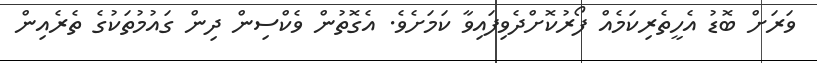
ވަރަށް ބޮޑު އެހީތެރިކަމެއް ފޯރުކޮށްދެވިފައިވާ ކަމަށެވެ. އެގޮތުން ވެކްސިން ދިން ގައުމުތަކުގެ ތެރެއިން